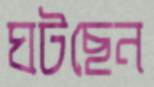
ঘটছেন